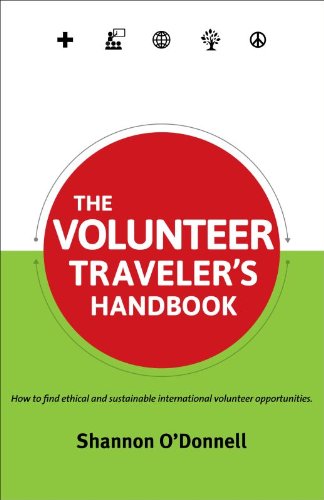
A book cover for The Volunteer Traveler's Handbook (Traveler's Handbooks); Shannon O'Donnell; Travel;